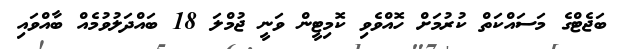
ބަޖެޓްގެ މަސައްކަތް ކުރުމަށް ހޮއްވެވި ކޮމިޓީން ވަނީ ޖުމްލަ 18 ބައްދަލުވުމެއް ބާއްވައި